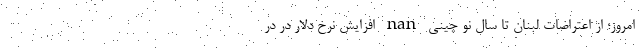
امروز؛ از اعتراضات لبنان تا سال نو چینی nan افزایش نرخ دلار در در